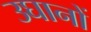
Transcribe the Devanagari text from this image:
उघानों